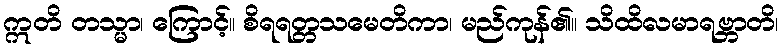
ဣတိ တသ္မာ၊ ကြောင့်။ စိရရတ္တသမေတိကာ၊ မည်ကုန်၏။ သိထိလမာရဗ္ဘာတိ၊